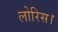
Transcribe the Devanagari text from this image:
लोरिस।